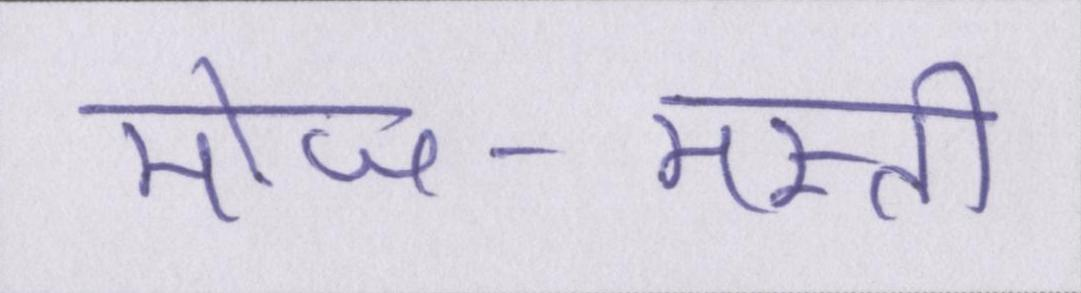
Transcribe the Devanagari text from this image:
मोज-मस्ती